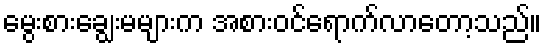
မွေးစားချွေးမများက အစားဝင်ရောက်လာတော့သည်။